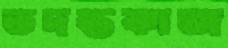
তদন্তকাজ